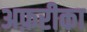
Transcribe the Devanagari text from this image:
अफ़रीका